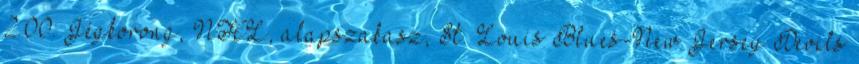
2.00: Jégkorong, NHL, alapszakasz, St. Louis Blues-New Jersey Devils